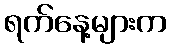
ရက်နေ့များက